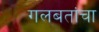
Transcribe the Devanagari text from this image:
गलबतांचा